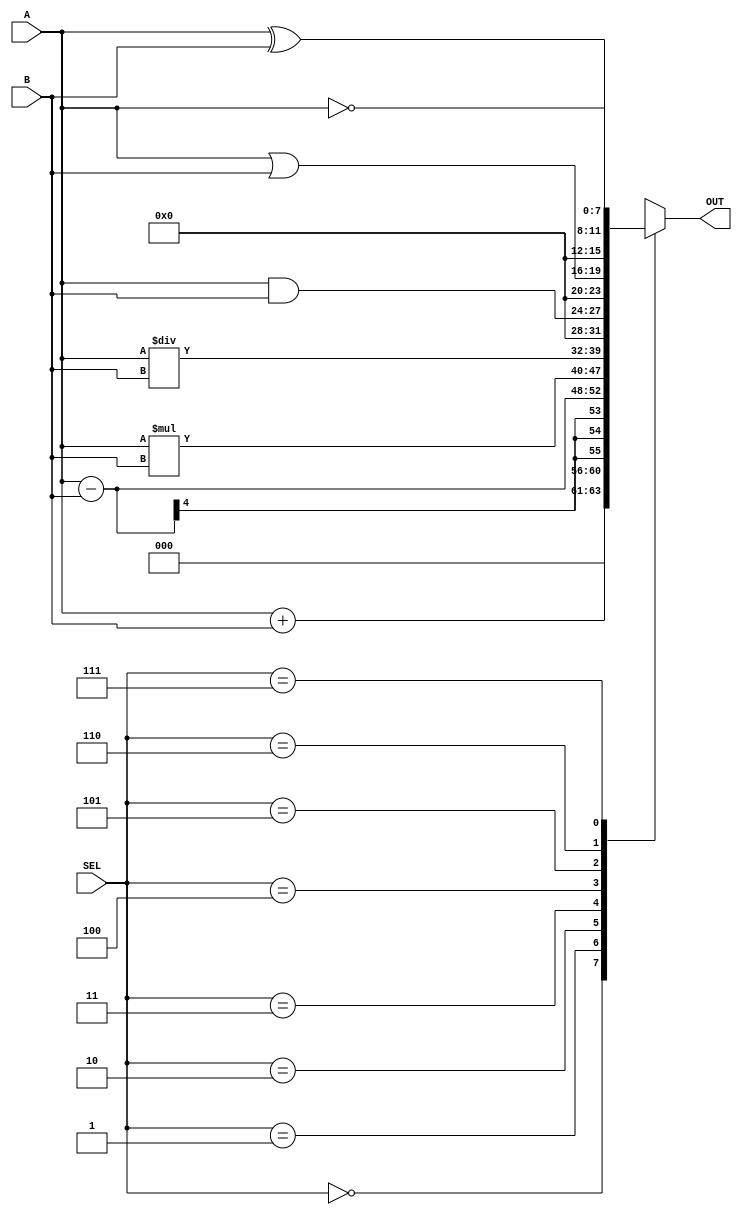
module ALU (A, B, SEL, OUT);
	
	input [3:0] A, B;
	input [2:0] SEL;
  output [7:0] OUT;
  
  reg [7:0] OUT;
  
  always @(A or B or SEL)
    case(SEL)
      3'b000: OUT = A + B;
      3'b001: OUT = A - B;
      3'b010: OUT = A * B;
      3'b011: OUT = A / B;
      3'b100: OUT = A & B;
      3'b101: OUT = A | B;
      3'b110: OUT = A ^ B;
      3'b111: OUT = ~A;
    endcase

	
endmodule